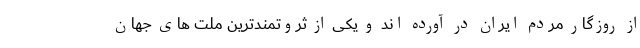
از روزگار مردم ایران در آورده اند و یکی از ثروتمندترین ملت های جهان